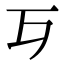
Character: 𣦶